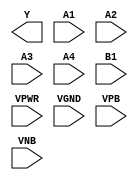
module sky130_fd_sc_ms__o41ai (
    Y   ,
    A1  ,
    A2  ,
    A3  ,
    A4  ,
    B1  ,
    VPWR,
    VGND,
    VPB ,
    VNB
);

    output Y   ;
    input  A1  ;
    input  A2  ;
    input  A3  ;
    input  A4  ;
    input  B1  ;
    input  VPWR;
    input  VGND;
    input  VPB ;
    input  VNB ;
endmodule